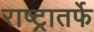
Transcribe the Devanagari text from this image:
राष्ट्रातर्फे